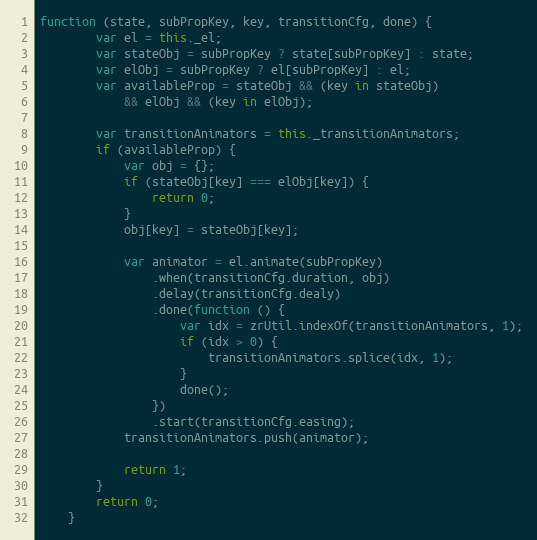
Language: JavaScript
function (state, subPropKey, key, transitionCfg, done) {
        var el = this._el;
        var stateObj = subPropKey ? state[subPropKey] : state;
        var elObj = subPropKey ? el[subPropKey] : el;
        var availableProp = stateObj && (key in stateObj)
            && elObj && (key in elObj);

        var transitionAnimators = this._transitionAnimators;
        if (availableProp) {
            var obj = {};
            if (stateObj[key] === elObj[key]) {
                return 0;
            }
            obj[key] = stateObj[key];

            var animator = el.animate(subPropKey)
                .when(transitionCfg.duration, obj)
                .delay(transitionCfg.dealy)
                .done(function () {
                    var idx = zrUtil.indexOf(transitionAnimators, 1);
                    if (idx > 0) {
                        transitionAnimators.splice(idx, 1);
                    }
                    done();
                })
                .start(transitionCfg.easing);
            transitionAnimators.push(animator);

            return 1;
        }
        return 0;
    }